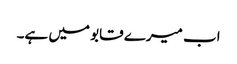
اب میرے قابو میں ہے۔